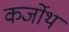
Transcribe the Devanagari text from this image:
कर्जोथ